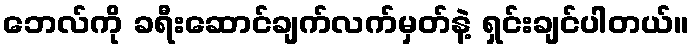
ဘေလ်ကို ခရီးဆောင်ချက်လက်မှတ်နဲ့ ရှင်းချင်ပါတယ်။